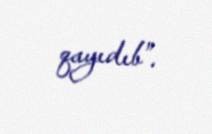
qayıdıb”.